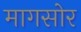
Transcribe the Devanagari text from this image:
मागसोर